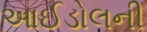
આઈડોલની